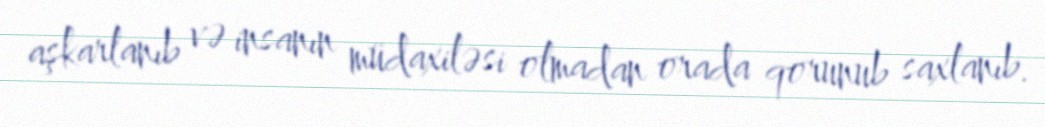
aşkarlanıb və insanın müdaxiləsi olmadan orada qorunub saxlanıb.